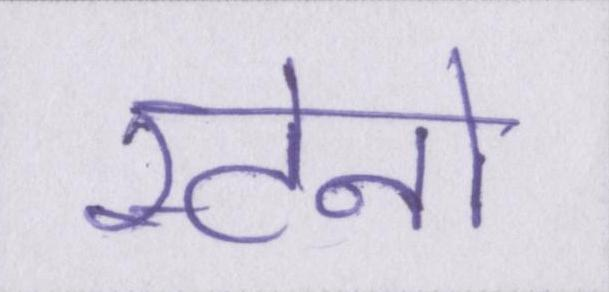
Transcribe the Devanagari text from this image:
स्टेनो